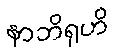
နာဘိရုဟိ